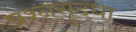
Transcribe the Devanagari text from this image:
प्रश्नसुद्धा